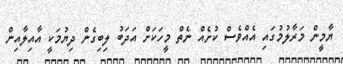
ޔާމީން މަރާލުމުގައި އެއްވެސް ކުށެއް ނެތް މީހަކަށް އަދަބު ލިބިގެން ދިޔުމަކީ އާއިލާއިން